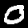
Digit: 0